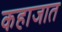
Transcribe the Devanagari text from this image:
कहाजात